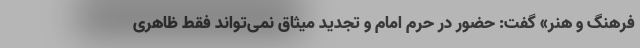
فرهنگ و هنر» گفت: حضور در حرم امام و تجدید میثاق نمی‌تواند فقط ظاهری